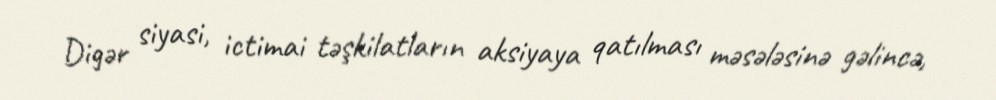
Digər siyasi, ictimai təşkilatların aksiyaya qatılması məsələsinə gəlincə,